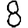
Digit: 8